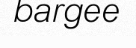
bargee